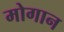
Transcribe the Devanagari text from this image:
मोगान